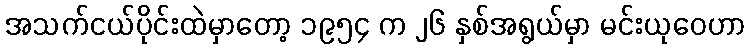
အသက်ငယ်ပိုင်းထဲမှာတော့ ၁၉၅၄ က ၂၆ နှစ်အရွယ်မှာ မင်းယုဝေဟာ